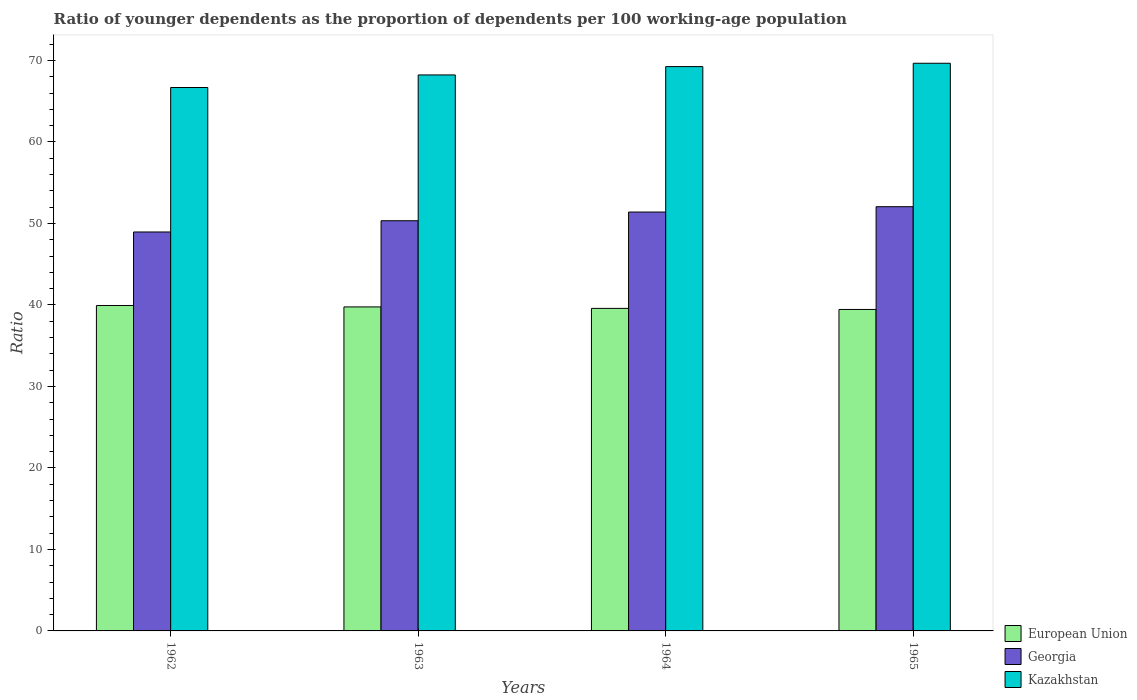
| Years | European Union | Georgia | Kazakhstan |
 | --- | --- | --- | --- |
 | 1962 | 39.9 | 48.9 | 66.7 |
 | 1963 | 39.8 | 50.3 | 68.2 |
 | 1964 | 39.6 | 51.4 | 69.2 |
 | 1965 | 39.4 | 52.1 | 69.7 |